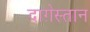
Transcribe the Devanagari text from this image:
दाग़ेस्तान